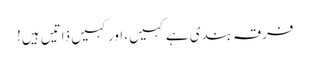
فرقہ بندی ہے کہیں، اور کہیں ذاتیں ہیں!